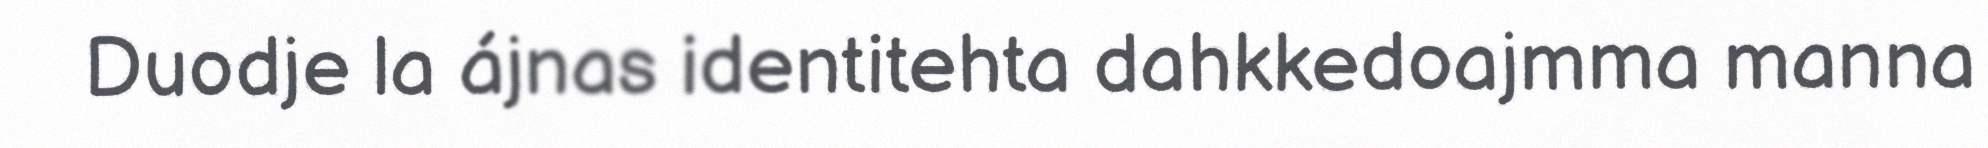
Duodje la ájnas identitehta dahkkedoajmma manna